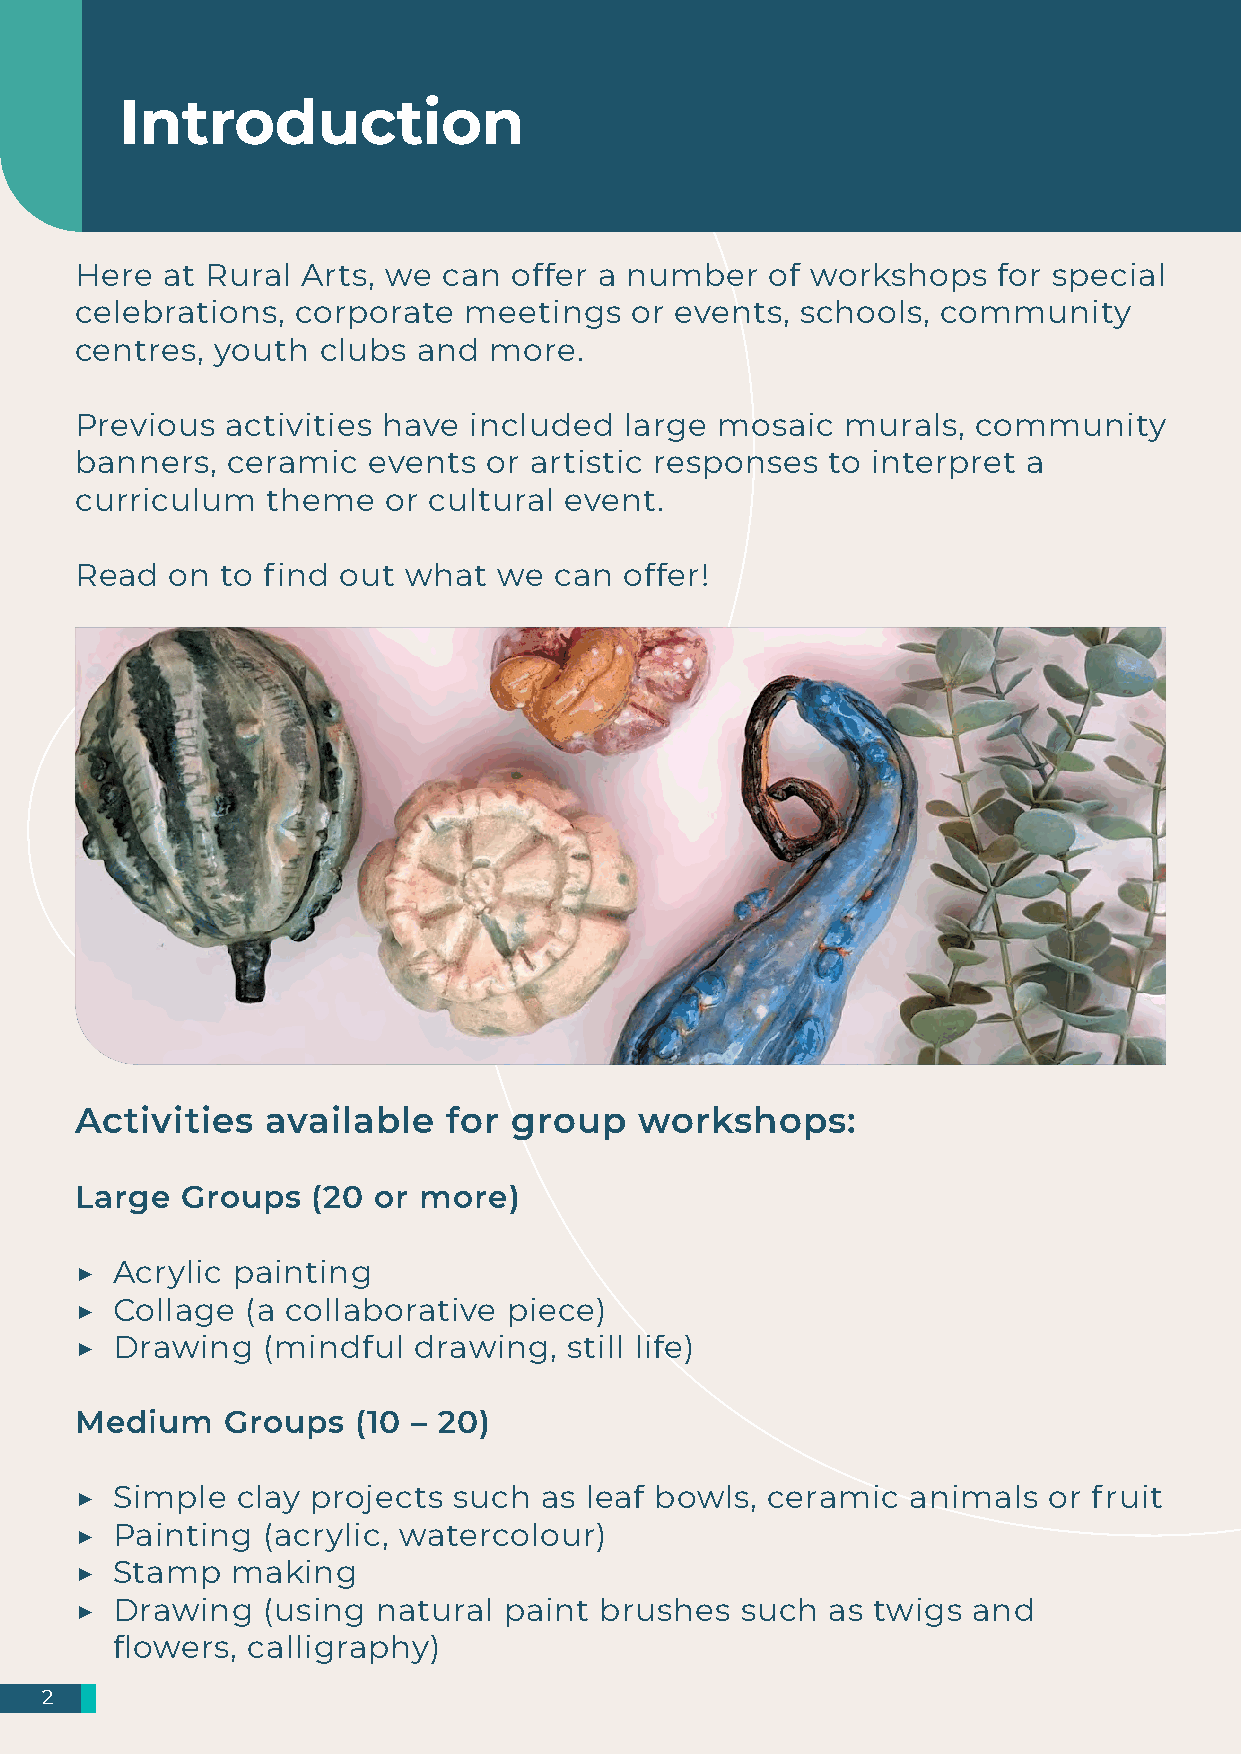
Introduction
 Here  at Rural Arts, we can  offer a number   of workshops   for special
 celebrations,  corporate  meetings   or events, schools, community
 centres, youth  clubs  and more.
 Previous  activities have included  large mosaic   murals,  community
 banners,  ceramic  events  or artistic responses  to interpret a
 curriculum   theme  or cultural event.
 Read  on  to find out what  we  can offer!
 Activities   available   for group   workshops:
 Large  Groups   (20 or more)
 ▶ Acrylic painting
 ▶ Collage  (a collaborative  piece)
 ▶ Drawing   (mindful  drawing,   still life)
 Medium    Groups   (10 – 20)
 ▶ Simple   clay projects such  as leaf bowls, ceramic  animals  or fruit
 ▶ Painting  (acrylic, watercolour)
 ▶ Stamp   making
 ▶ Drawing   (using  natural paint  brushes  such  as twigs and
 flowers, calligraphy)
 2